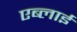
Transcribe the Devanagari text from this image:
एब्लाई